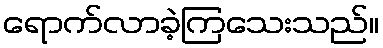
ရောက်လာခဲ့ကြသေးသည်။